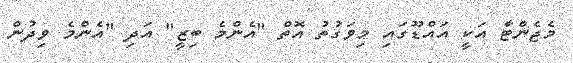
މެޖެންޓާ އަކީ އައްޑޫގައި މިވަގުތު އޮތް "އެންމެ ބިޒީ" އަދި "އެންމެ ވިދުން